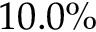
1 0 . 0 \%